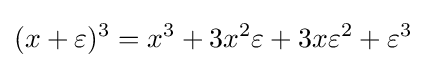
(x+\varepsilon )^{3}=x^{3}+3x^{2}\varepsilon +3x\varepsilon ^{2}+\varepsilon ^{3}